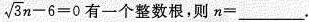
\sqrt { 3 } n - 6 = 0$$有一个整数根，则$$n = ___ $$.